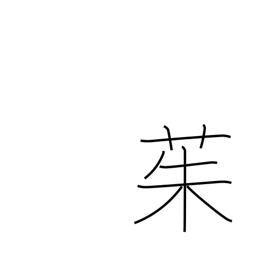
Meaning: river ginger tree